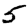
Digit: 5